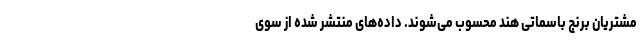
مشتریان برنج باسماتی هند محسوب می‌شوند. داده‌های منتشر شده از سوی